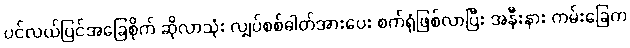
ပင်လယ်ပြင်အခြေစိုက် ဆိုလာသုံး လျှပ်စစ်ဓါတ်အားပေး စက်ရုံဖြစ်လာပြီး အနီးနား ကမ်းခြေက